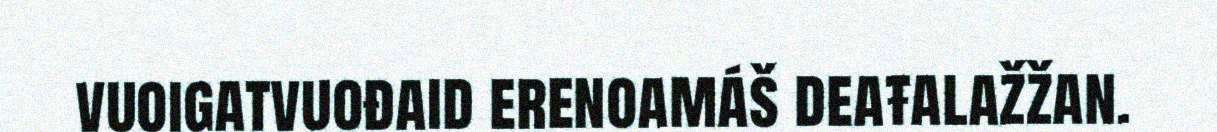
vuoigatvuođaid erenoamáš deaŧalažžan.